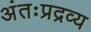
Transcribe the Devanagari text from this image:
अंतःप्रद्रव्य